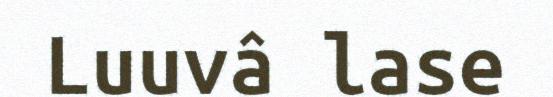
Luuvâ lase